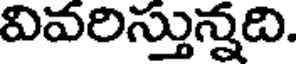
వివరిస్తున్నది.